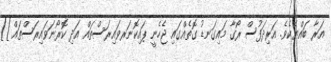
އަރާ ބައްޔެކެވެ. އަރިދަފުސް ރޯގާ މައިގަނޑު ގޮތެއްގައި ޖެހެނީ ޕައިކޮނަރވައިރަސްތައް އަދި ކޮރޯނަވައިރަސްތައް]]